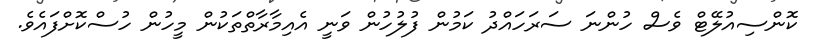
ކޮންސިއުލޭޓް ވެސް ހުންނަ ސަރަހައްދު ކަމުން ފުލުހުން ވަނީ އެއިމާރާތްތަކުން މީހުން ހުސްކޮށްފައެވެ.